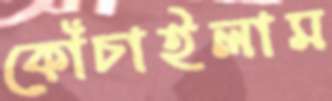
কোঁচাইলাম